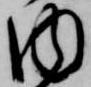
内